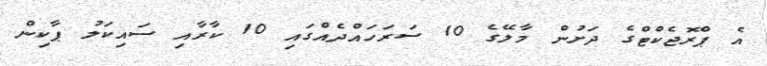
އެ ޕްރޮޖެކްޓްގެ ދަށުން މާލޭގެ 10 ސަރަހައްދެއްގައި 10 ކާރާއި ސައިކަލު ޕާކިން